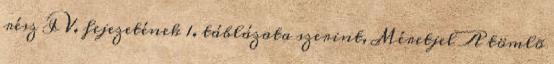
rész IV. fejezetének 1. táblázata szerint, Méretjel A tömlõ